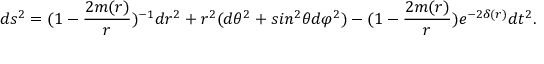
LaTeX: d s ^ { 2 } = ( 1 - \frac { 2 m ( r ) } { r } ) ^ { - 1 } d r ^ { 2 } + r ^ { 2 } ( d \theta ^ { 2 } + s i n ^ { 2 } \theta d \varphi ^ { 2 } ) - ( 1 - \frac { 2 m ( r ) } { r } ) e ^ { - 2 \delta ( r ) } d t ^ { 2 } .